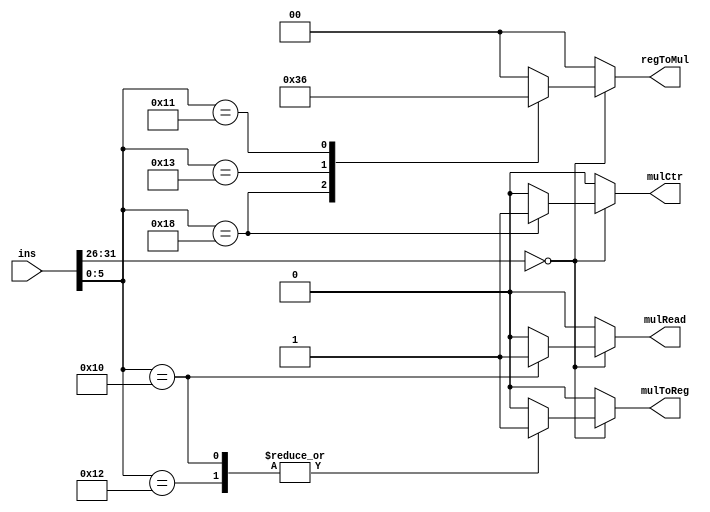
module MulCtrl(ins, mulCtr, regToMul, mulToReg, mulRead);//MFLO和MFHI的RegWr = 1, RegDst =1, 其他控制信号
	input      [31: 0] ins;
	output reg         mulCtr;
	output reg [ 1: 0] regToMul;
	output reg         mulToReg;
	output reg 		   mulRead;	

	//************op**********//
	parameter R    = 6'b0000000;
	//************func********//
	parameter MULT = 6'b011000, MFLO = 6'b010010, MFHI = 6'b010000,
			  MTLO = 6'b010011, MTHI = 6'b010001;

	initial begin
		mulCtr   = 0;
		regToMul = 2'b0;
		mulToReg = 0; 
		mulRead  = 0;
	end
	always @(*) begin
		if (ins[31:26] == R) begin
			case(ins[5:0])
				MULT:begin
					mulCtr   = 1;
					regToMul = 2'b11;
					mulToReg = 0; 
					mulRead  = 0;
				end
				MFLO:begin
					mulCtr   = 0;
					regToMul = 2'b00;
					mulToReg = 1; 	
					mulRead  = 0;				
				end
				MFHI:begin
					mulCtr   = 0;
					regToMul = 2'b00;
					mulToReg = 1; 
					mulRead  = 1;				
				end
				MTLO:begin
					mulCtr   = 0;
					regToMul = 2'b01;
					mulToReg = 0; 					
					mulRead  = 0;				
				end		
				MTHI:begin
					mulCtr   = 0;
					regToMul = 2'b10;
					mulToReg = 0; 	
					mulRead  = 0;				
				end		
				default:begin
					mulCtr   = 0;
					regToMul = 2'b00;
					mulToReg = 0; 	
					mulRead  = 0;
				end	
			endcase
		end else begin
			mulCtr   = 0;
			regToMul = 2'b00;
			mulToReg = 0; 	
			mulRead  = 0;
		end
	end
endmodule